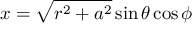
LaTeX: x = { \sqrt { r ^ { 2 } + a ^ { 2 } } } \sin \theta \cos \phi